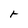
Character: r